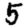
Digit: 5